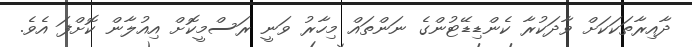
ދާއިރާތަކަކަށް ވާދަކުރާ ކެންޑިޑޭޓުންގެ ނަންތައް މިހާރު ވަނީ ރަސްމީކޮށް އިއުލާން ކޮށްފަ އެވެ.